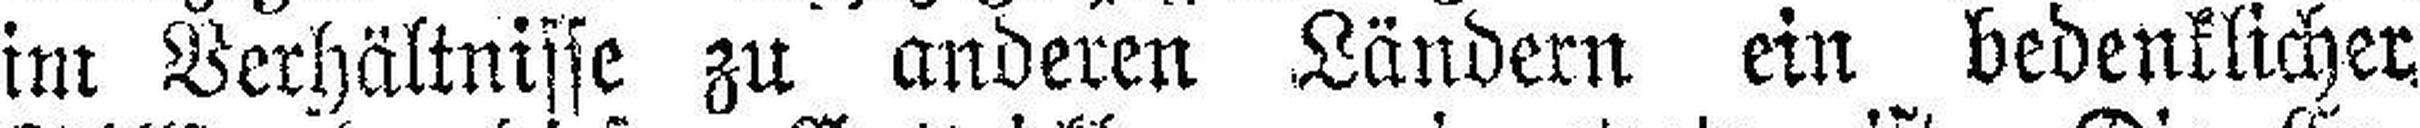
im Verhältnisse zu anderen Ländern ein bedenklicher,